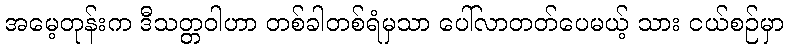
အမေ့တုန်းက ဒီသတ္တဝါဟာ တစ်ခါတစ်ရံမှသာ ပေါ်လာတတ်ပေမယ့် သား ငယ်စဉ်မှာ